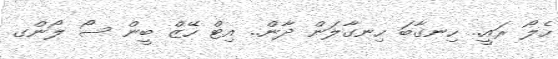
ހެލޯ ރައީ.. ހިނގާބަ ހިނގާލަން ދާން.. އިޓް ހޭޒް ބީން ސޯ ލޯންގ